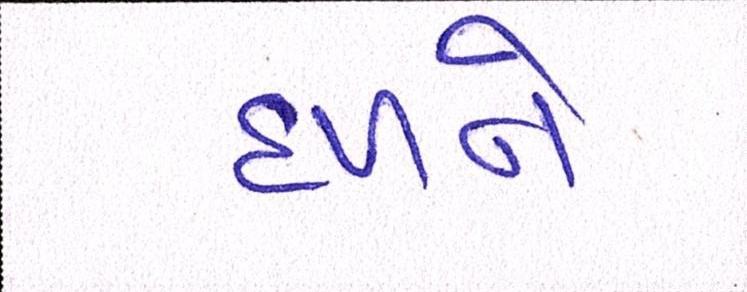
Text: દળને